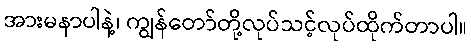
အားမနာပါနဲ့၊ ကျွန်တော်တို့လုပ်သင့်လုပ်ထိုက်တာပါ။